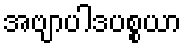
အဗျာပါဒပစ္စယာ